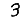
Digit: 3